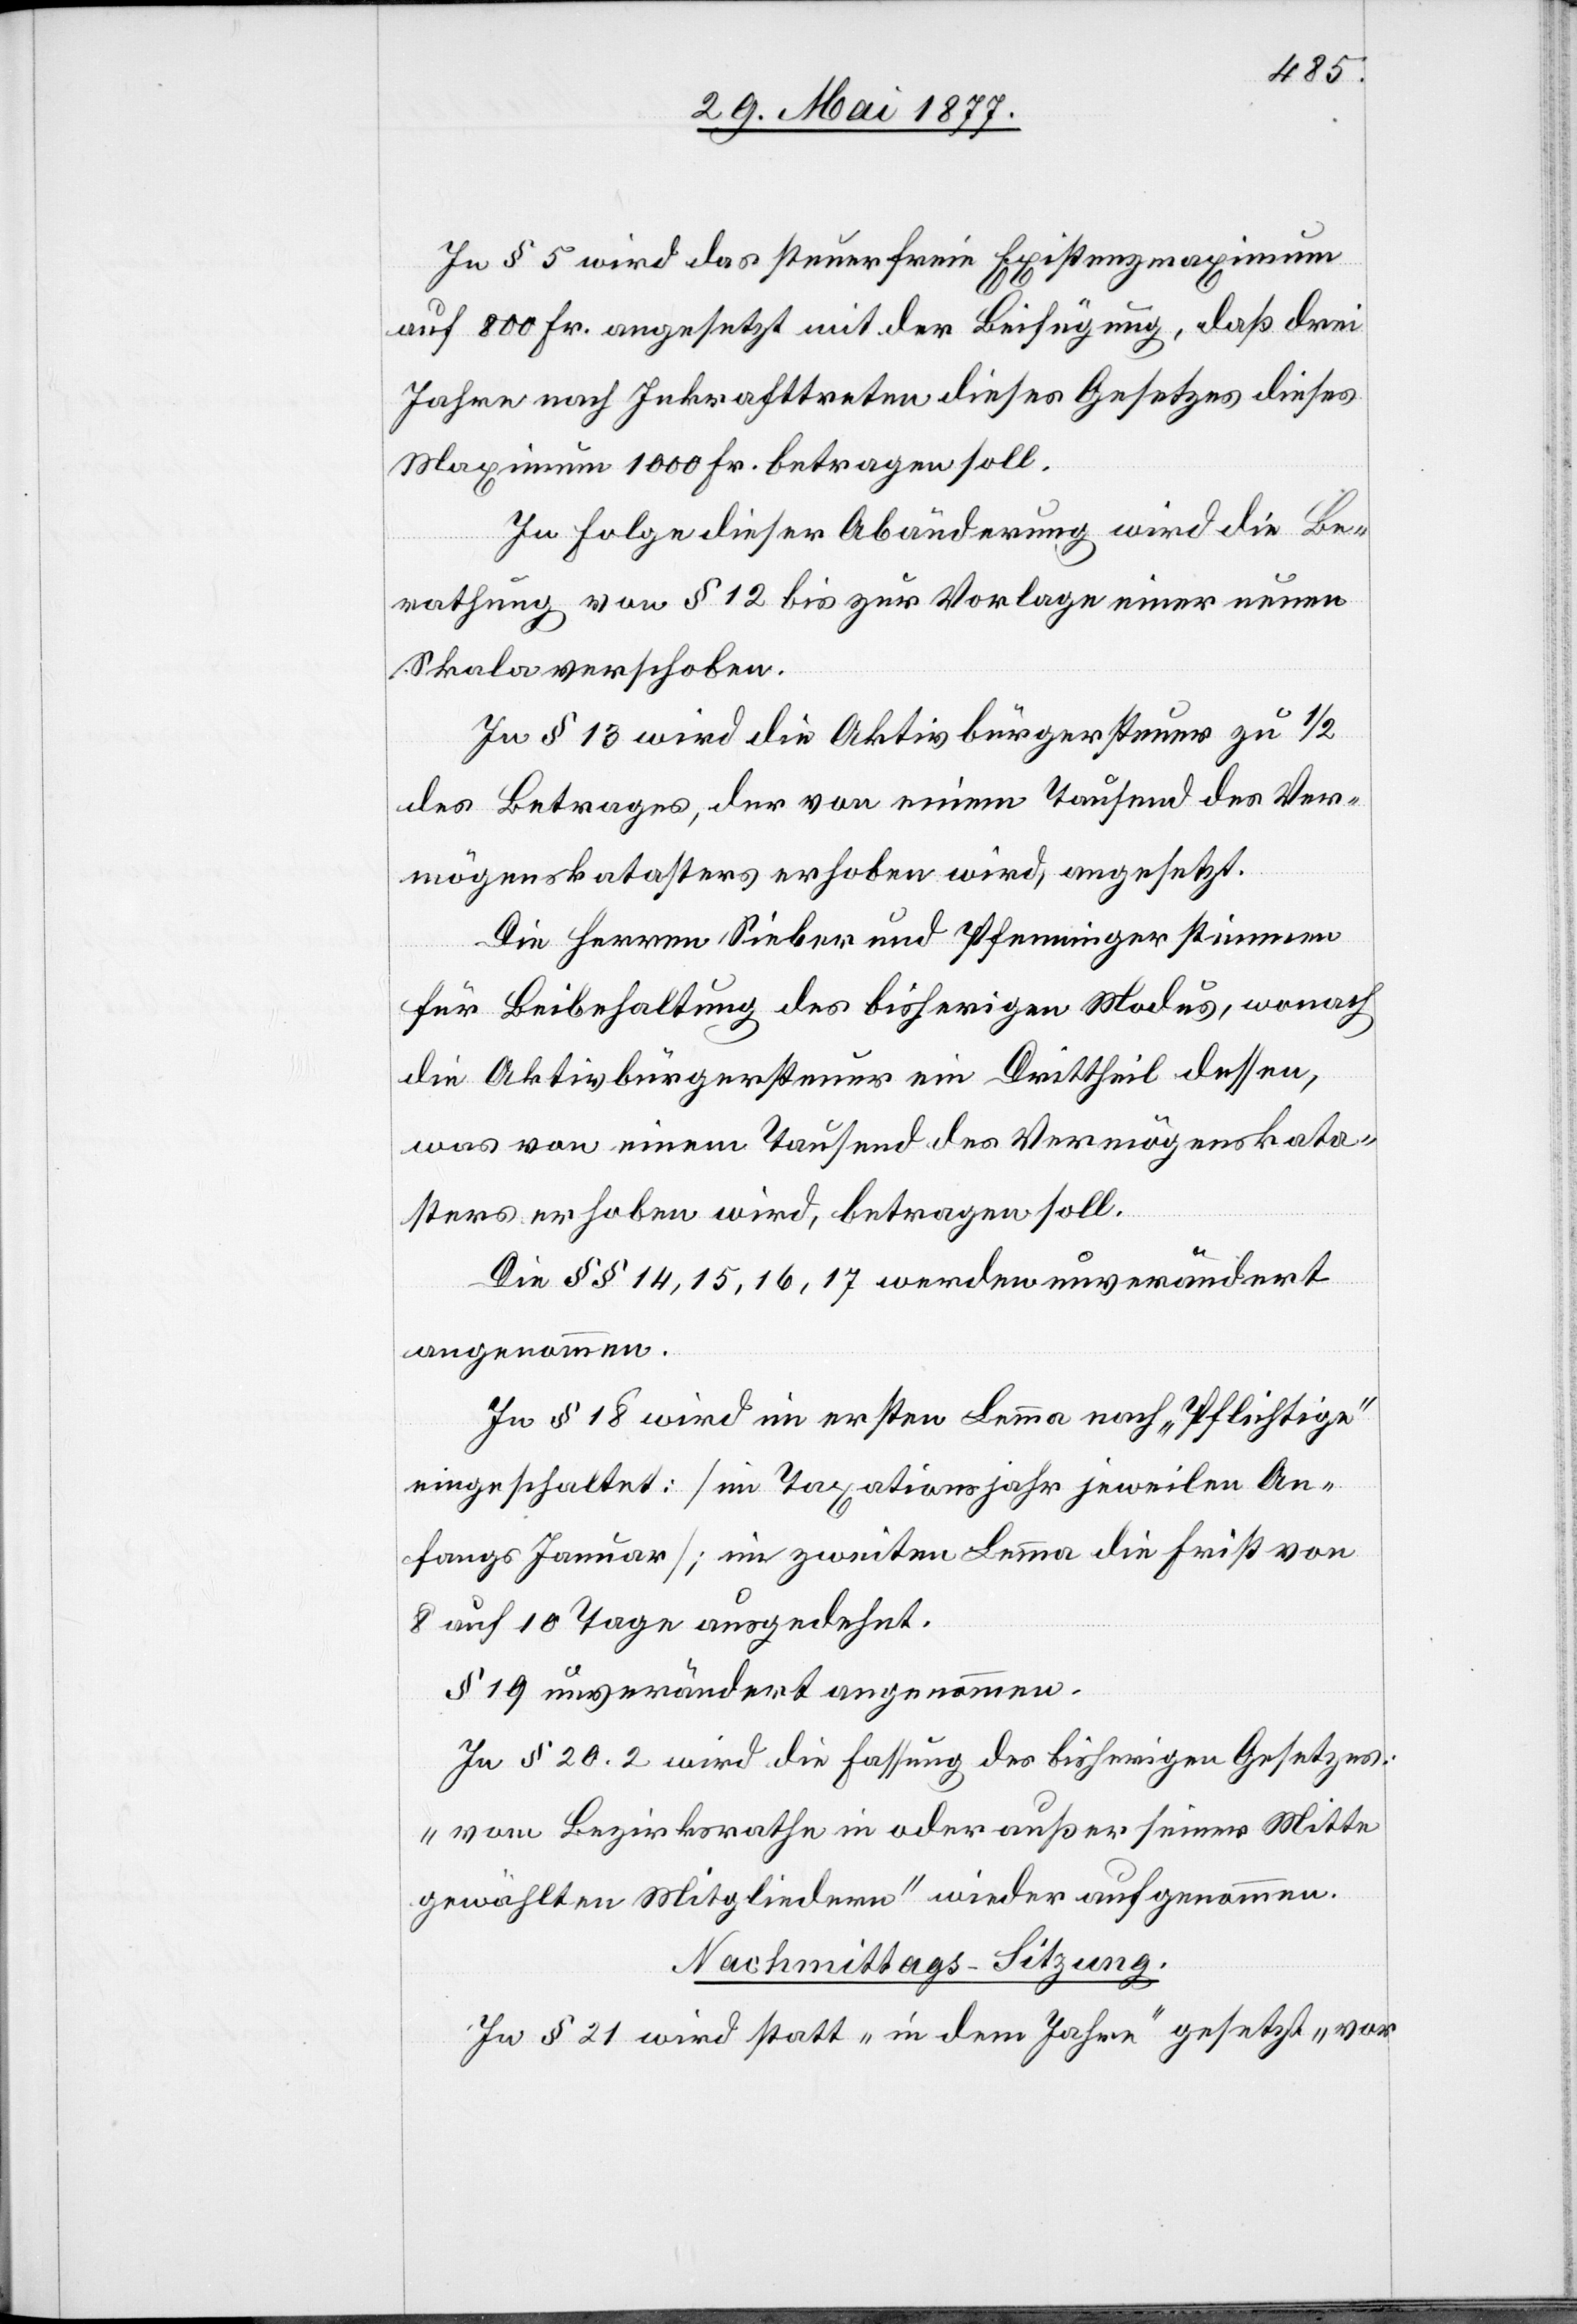
In § 5 wird das steuerfreie Existenzmaximum
auf 800 Fr. angesetzt mit der Beifügung, daß drei
Jahre nach Inkrafttreten dieses Gesetzes dieses
Maximum 1000 Fr. betragen soll.
In Folge dieser Abänderung wird die Be¬
rathung von § 12 bis zur Vorlage einer neuen
Skala verschoben.
In § 13 wird die Aktivbürgersteuer zu 1/2
des Betrages, der von einem Tausend des Ver¬
mögenskatasters erhoben wird, angesetzt.
Die Herren Sieber und Pfenninger stimmen
für Beibehaltung des bisherigen Modus, wonach
die Aktivbürgersteuer ein Drittheil dessen,
was von einem Tausend des Vermögenskata¬
sters erhoben wird, betragen soll.
Die §§ 14, 15, 16, 17 werden unverändert
angenommen.
In § 18 wird im ersten Lemma nach „Pflichtige“
eingeschaltet: [im Taxationsjahr jeweilen An¬
fangs Januar]; im zweiten Lemma die Frist von
8 auf 10 Tage ausgedehnt.
§ 19 unverändert angenommen.
In § 20. 2 wird die Fassung des bisherigen Gesetzes:
„vom Bezirksrathe in oder außer seiner Mitte
gewählten Mitgliedern“ wieder aufgenommen.
Nachmittags-Sitzung.
In § 21 wird statt „in dem Jahre“ gesetzt „vor